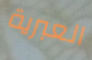
العبرية